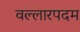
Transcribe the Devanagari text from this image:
वल्लारपदम